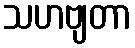
သဟဗျတာ